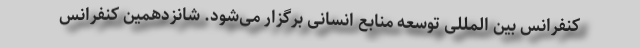
کنفرانس بین المللی توسعه منابع انسانی برگزار می‌شود. شانزدهمین کنفرانس